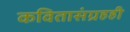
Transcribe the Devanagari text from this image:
कवितासंग्रहही